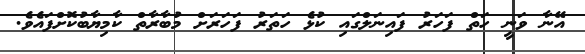
އޭނާ ވަނީ ހަތް ފަހަރު ފައިނަލްގައި ކުޅެ ހަތަރު ފަހަރަށް މުބާރާތް ކާމިޔާބުކޮށްފައެވެ.